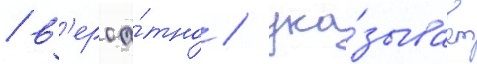
/ в'ероа́тно / ука́зывает